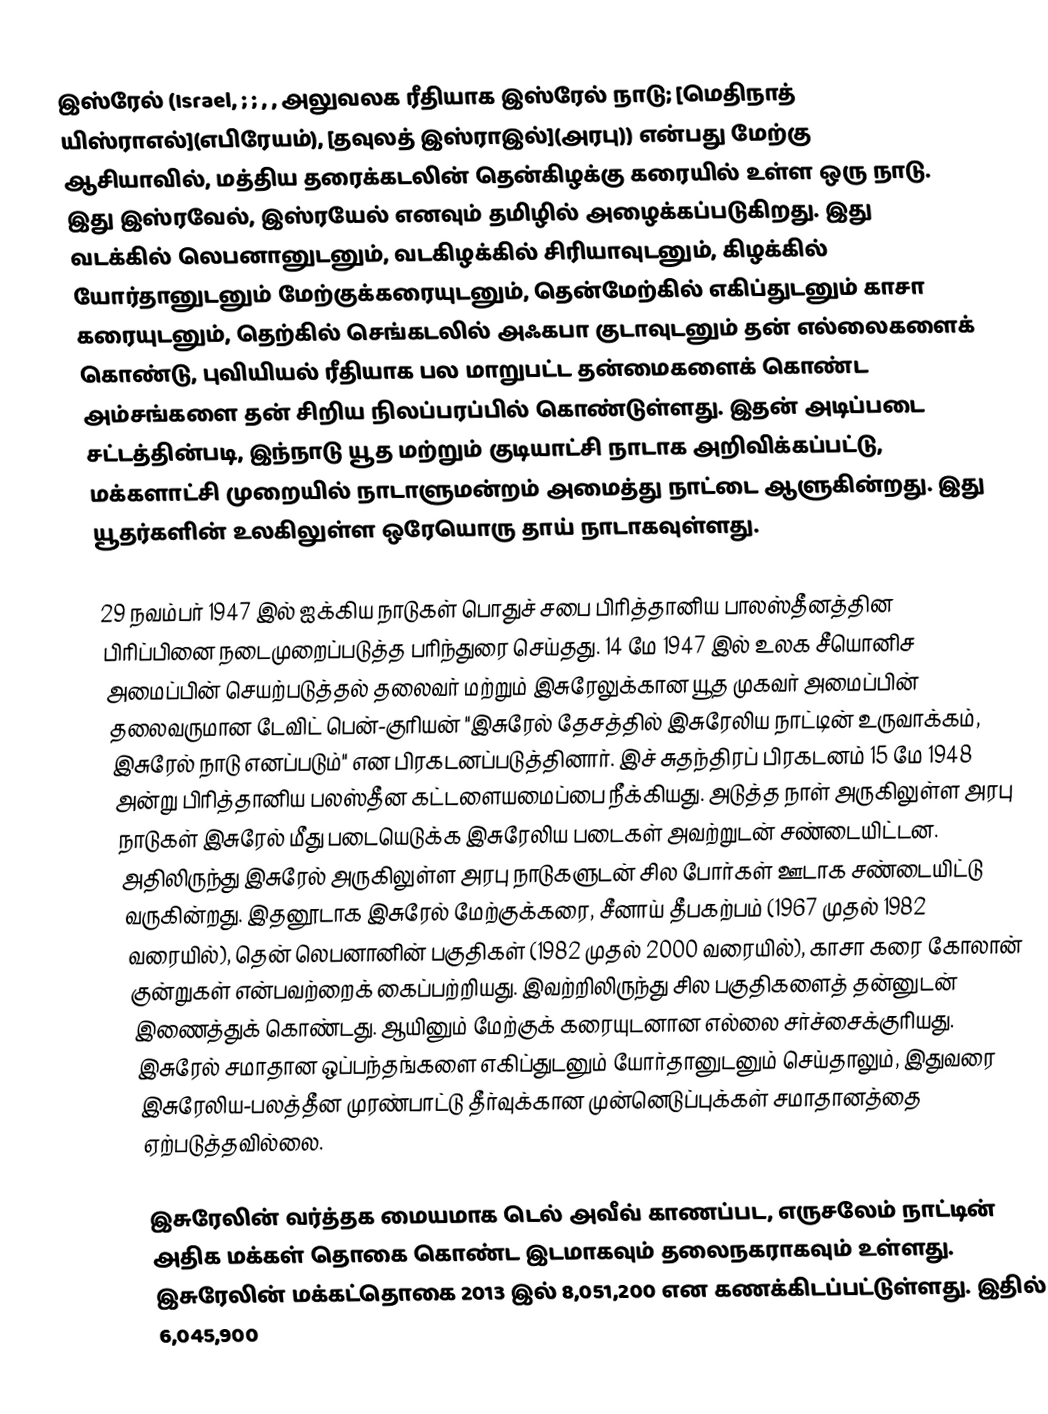
இஸ்ரேல் (Israel, ; ; , , அலுவலக ரீதியாக இஸ்ரேல் நாடு; [மெதிநாத் யிஸ்ராஎல்](எபிரேயம்), [தவுலத் இஸ்ராஇல்](அரபு)) என்பது மேற்கு ஆசியாவில், மத்திய தரைக்கடலின் தென்கிழக்கு கரையில் உள்ள ஒரு நாடு. இது இஸ்ரவேல், இஸ்ரயேல் எனவும் தமிழில் அழைக்கப்படுகிறது. இது வடக்கில் லெபனானுடனும், வடகிழக்கில் சிரியாவுடனும், கிழக்கில் யோர்தானுடனும் மேற்குக்கரையுடனும், தென்மேற்கில் எகிப்துடனும் காசா கரையுடனும், தெற்கில் செங்கடலில் அஃகபா குடாவுடனும் தன் எல்லைகளைக் கொண்டு, புவியியல் ரீதியாக பல மாறுபட்ட தன்மைகளைக் கொண்ட அம்சங்களை தன் சிறிய நிலப்பரப்பில் கொண்டுள்ளது. இதன் அடிப்படை சட்டத்தின்படி, இந்நாடு யூத மற்றும் குடியாட்சி நாடாக அறிவிக்கப்பட்டு, மக்களாட்சி முறையில் நாடாளுமன்றம் அமைத்து நாட்டை ஆளுகின்றது. இது யூதர்களின் உலகிலுள்ள ஒரேயொரு தாய் நாடாகவுள்ளது.

29 நவம்பர் 1947 இல் ஐக்கிய நாடுகள் பொதுச் சபை பிரித்தானிய பாலஸ்தீனத்தின பிரிப்பினை நடைமுறைப்படுத்த பரிந்துரை செய்தது. 14 மே 1947 இல் உலக சீயொனிச அமைப்பின் செயற்படுத்தல் தலைவர் மற்றும் இசுரேலுக்கான யூத முகவர் அமைப்பின் தலைவருமான டேவிட் பென்-குரியன் "இசுரேல் தேசத்தில் இசுரேலிய நாட்டின் உருவாக்கம், இசுரேல் நாடு எனப்படும்" என பிரகடனப்படுத்தினார். இச் சுதந்திரப் பிரகடனம் 15 மே 1948 அன்று பிரித்தானிய பலஸ்தீன கட்டளையமைப்பை நீக்கியது. அடுத்த நாள் அருகிலுள்ள அரபு நாடுகள் இசுரேல் மீது படையெடுக்க இசுரேலிய படைகள் அவற்றுடன் சண்டையிட்டன. அதிலிருந்து இசுரேல் அருகிலுள்ள அரபு நாடுகளுடன் சில போர்கள் ஊடாக சண்டையிட்டு வருகின்றது. இதனூடாக இசுரேல் மேற்குக்கரை, சீனாய் தீபகற்பம் (1967 முதல் 1982 வரையில்), தென் லெபனானின் பகுதிகள் (1982 முதல் 2000 வரையில்), காசா கரை கோலான் குன்றுகள் என்பவற்றைக் கைப்பற்றியது. இவற்றிலிருந்து சில பகுதிகளைத் தன்னுடன் இணைத்துக் கொண்டது. ஆயினும் மேற்குக் கரையுடனான எல்லை சர்ச்சைக்குரியது. இசுரேல் சமாதான ஒப்பந்தங்களை எகிப்துடனும் யோர்தானுடனும் செய்தாலும், இதுவரை இசுரேலிய-பலத்தீன முரண்பாட்டு தீர்வுக்கான முன்னெடுப்புக்கள் சமாதானத்தை ஏற்படுத்தவில்லை.

இசுரேலின் வர்த்தக மையமாக டெல் அவீவ் காணப்பட, எருசலேம் நாட்டின் அதிக மக்கள் தொகை கொண்ட இடமாகவும் தலைநகராகவும் உள்ளது. இசுரேலின் மக்கட்தொகை 2013 இல் 8,051,200 என கணக்கிடப்பட்டுள்ளது. இதில் 6,045,900